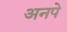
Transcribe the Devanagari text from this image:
अनपे